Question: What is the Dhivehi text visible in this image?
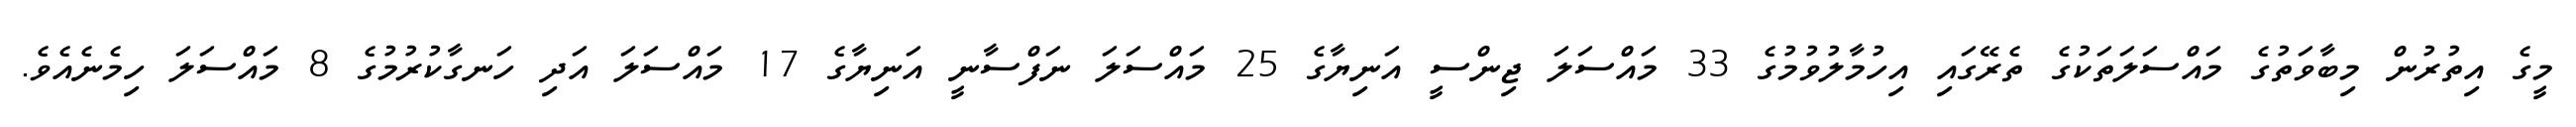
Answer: މީގެ އިތުރުން މިބާވަތުގެ މައްސަލަތަކުގެ ތެރޭގައި އިހުމާލުވުމުގެ 33 މައްސަލަ ޖިންސީ އަނިޔާގެ 25 މައްސަލަ ނަފްސާނީ އަނިޔާގެ 17 މައްސަލަ އަދި ހަނގާކުރުމުގެ 8 މައްސަލަ ހިމެނެއެވެ.